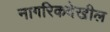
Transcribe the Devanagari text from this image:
नागरिकदेखील